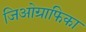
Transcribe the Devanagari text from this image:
जिओग्राफिका